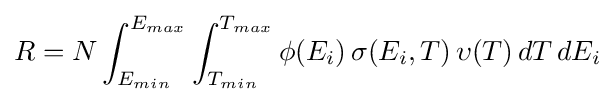
R=N\int _{E_{min}}^{E_{max}}\int _{T_{min}}^{T_{max}}\phi (E_{i})\,\sigma (E_{i},T)\,\upsilon (T)\,dT\,dE_{i}